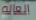
العالم